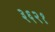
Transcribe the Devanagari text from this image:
३६२१